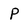
Character: P